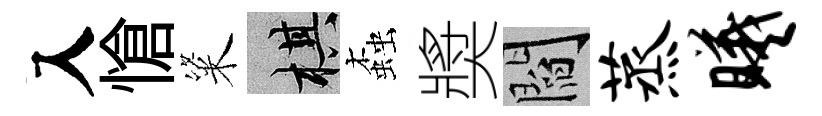
入愴粢棋螙奬閻蒸曦